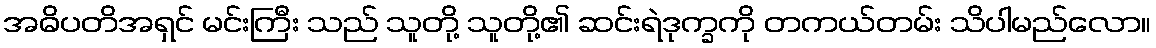
အဓိပတိအရှင် မင်းကြီး သည် သူတို့ သူတို့၏ ဆင်းရဲဒုက္ခကို တကယ်တမ်း သိပါမည်လော။